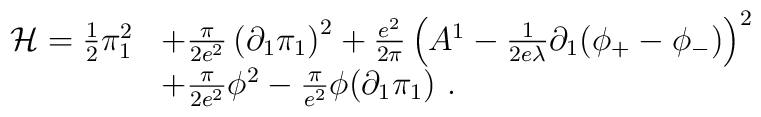
\begin{array}{r l}{\cal H}=\frac{1}{2}\pi^2_1&+\frac{\pi}{2e^2}\left(\partial_1\pi_1\right)^2+\frac{e^2}{2\pi}\left(A^1-\frac{1}{2e\lambda}\partial_1(\phi_+-\phi_-)\right)^2\\&+\frac{\pi}{2e^2}\phi^2-\frac{\pi}{e^2}\phi(\partial_1\pi_1)\ .\end{array}